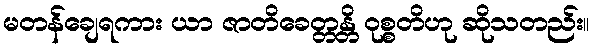
မတန်ချေရကား ယာ ဇာတိခေတ္တန္တိ ဝုစ္စတိဟု ဆိုသတည်း။